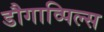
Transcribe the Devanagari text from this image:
डौगाव्पिल्स